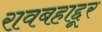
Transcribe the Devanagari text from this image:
रावबहाद्दूर